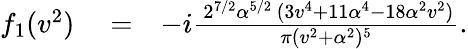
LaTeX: \begin{array}{rlr}{f_{1}(v^{2})}&{{}=}&{-i\frac{\, 2^{7/2}\alpha^{5/2}\, (3v^{4}+11\alpha^{4}-18\alpha^{2}v^{2})}{\pi(v^{2}+\alpha^{2})^{5}}.}\end{array}